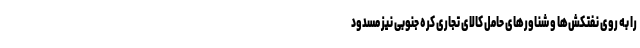
را به روی نفتکش‌ها و شناورهای حامل کالای تجاری کره جنوبی نیز مسدود